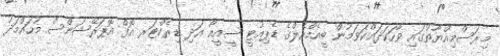
މިރަސްމިއްޔާތުގައި ވާހަކަދައްކަވަމުން ބީއެމްއެލްގެ ޑެޕިއުޓީ ސީއީއޯ އަދި ޑިރެކްޓަރ އޮފް އޮޕަރޭޝަންސް މުހައްމަދު